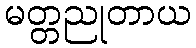
မတ္တညုတာယ